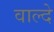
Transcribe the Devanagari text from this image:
वाल्दे